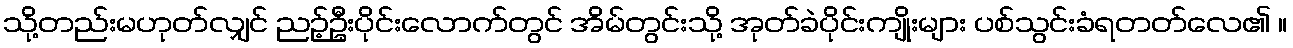
သို့တည်းမဟုတ်လျှင် ညဉ့်ဦးပိုင်းလောက်တွင် အိမ်တွင်းသို့ အုတ်ခဲပိုင်းကျိုးများ ပစ်သွင်းခံရတတ်လေ၏ ။